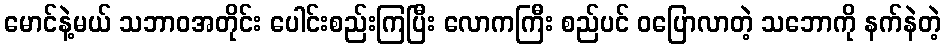
မောင်နဲ့မယ် သဘာဝအတိုင်း ပေါင်းစည်းကြပြီး လောကကြီး စည်ပင် ဝပြောလာတဲ့ သဘောကို နက်နဲတဲ့